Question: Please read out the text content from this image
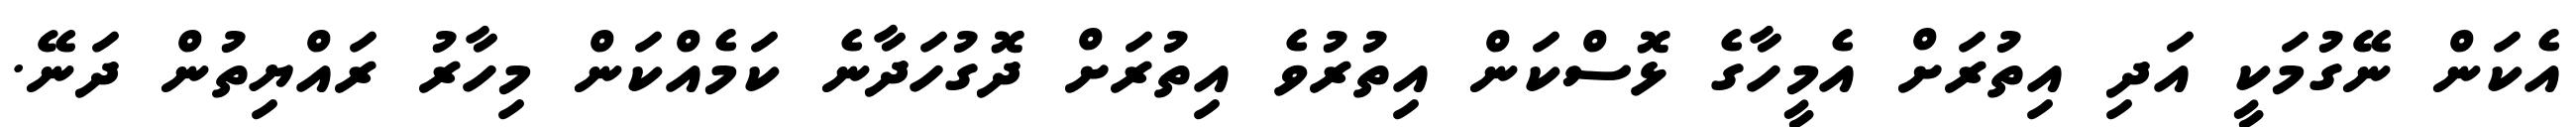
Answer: އެކަން ނޭގުމަކީ އަދި އިތުރަށް އެމީހާގެ ޅޮސްކަން އިތުރުވެ އިތުރަށް ދޮގުހަދާނެ ކަމެއްކަން މިހާރު ރައްޔިތުން ދަނޭ.